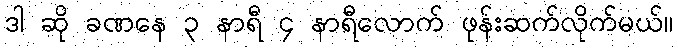
ဒါ ဆို ခဏနေ ၃ နာရီ ၄ နာရီလောက် ဖုန်းဆက်လိုက်မယ်။